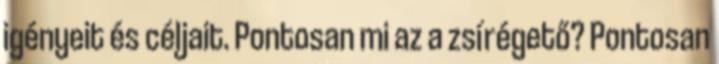
igényeit és céljait. Pontosan mi az a zsírégető? Pontosan